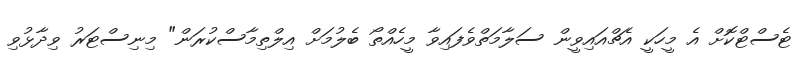
ޓެސްޓްކޮށް އެ މީހަކީ އެޗްއައިވީން ސަލާމަތްވެފައިވާ މީހެއްތޯ ބެލުމަށް އިލްތިމާސްކުރަން" މިނިސްޓަރު ވިދާޅުވި